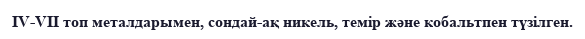
IV-VII топ металдарымен, сондай-ақ никель, темір және кобальтпен түзілген.